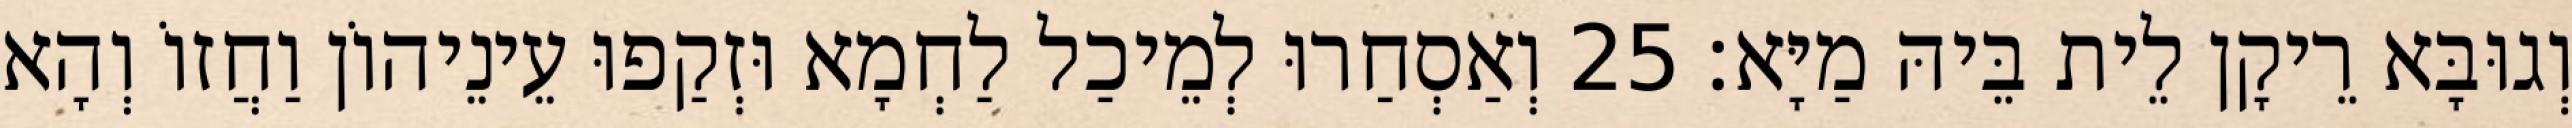
וְגוּבָּא רֵיקָן לֵית בֵּיהּ מַיָּא׃ 25 וְאַסְחַרוּ לְמֵיכַל לַחְמָא וּזְקַפוּ עֵינֵיהוֹן וַחֲזוֹ וְהָא